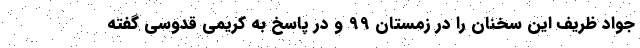
جواد ظریف این سخنان را در زمستان 99 و در پاسخ به کریمی قدوسی گفته